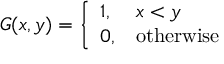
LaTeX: G ( x , y ) = { \left\{ \begin{array} { l l } { 1 , } & { x < y } \\ { 0 , } & { { \mathrm { o t h e r w i s e } } } \end{array} \right. }